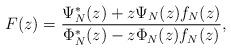
LaTeX: \begin{align*} F(z) = \frac{\Psi_N^*(z)+z\Psi_N(z)f_N(z)}{\Phi_N^*(z)-z\Phi_N(z)f_N(z)},\end{align*}